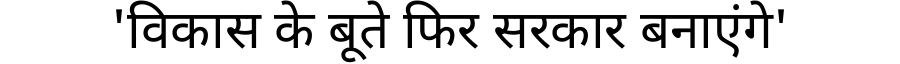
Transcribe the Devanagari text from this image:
'विकास के बूते फिर सरकार बनाएंगे'